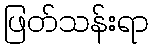
ဖြတ်သန်းရာ